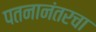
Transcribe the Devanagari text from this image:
पतनानंतरचा